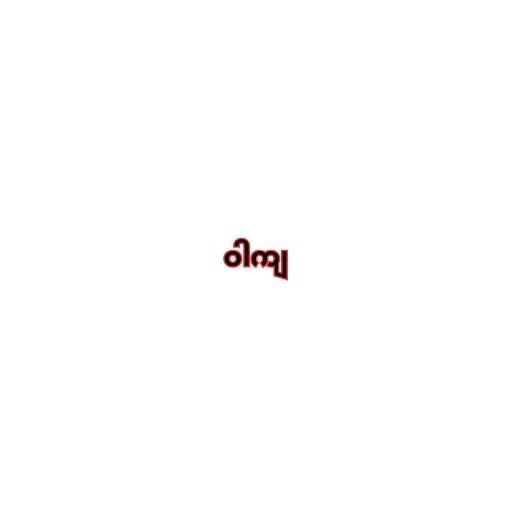
ဝါကျ